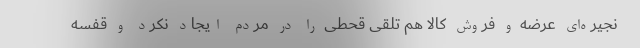
نجیره‌ای عرضه و فروش کالا هم تلقی قحطی را در مردم ایجاد نکرد و قفسه